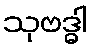
သုဗဒ္ဓါ